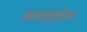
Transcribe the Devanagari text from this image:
अनाव्रष्टीला